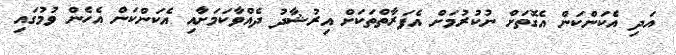
އަދި އެކަންކަން އެގޮތަށް ނުކުރުމަށް އެފަރާތްތަކަށް އިރުޝާދު ދެއްވާކަމަށާއި އެކަންކަން އެހެން ވުމުގައި